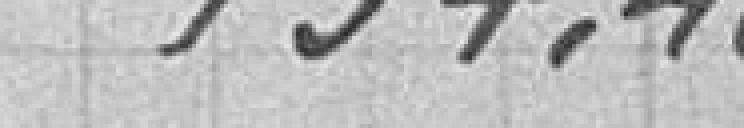
940,00